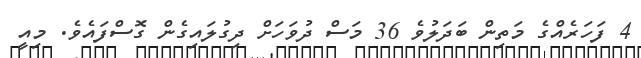
4 ފަހަރެއްގެ މަތިން ބަދަލުވެ 36 މަސް ދުވަހަށް ދިގުލައިގެން ގޮސްފައެވެ. މިއީ